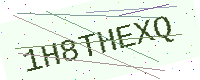
Text: 1H8THEXQ